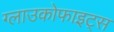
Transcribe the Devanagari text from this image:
ग्लाउकोफाइट्स